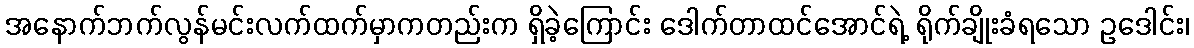
အနောက်ဘက်လွန်မင်းလက်ထက်မှာကတည်းက ရှိခဲ့ကြောင်း ဒေါက်တာထင်အောင်ရဲ့ ရိုက်ချိုးခံရသော ဥဒေါင်း၊